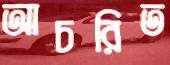
আচরিত